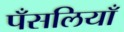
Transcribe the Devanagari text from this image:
पँसलियाँ